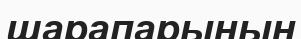
шарапарынын